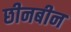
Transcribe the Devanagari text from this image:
छीनबीन